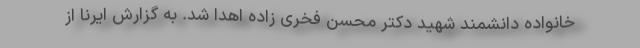
خانواده دانشمند شهید دکتر محسن فخری زاده اهدا شد. به گزارش ایرنا از